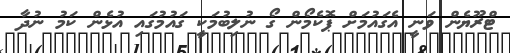
ޓްރޫޔެން ވަނީ އެގައުމަށް ޕޮކެމޯން ގޯ ނުލިބުމަކީ ގައުމުގައި އުޅެން ކަމު ނުދާ